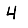
Digit: 4